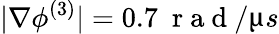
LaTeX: |\nabla\phi^{(3)}|=0.7~\mathrm{~r~a~d~}/\upmu s